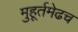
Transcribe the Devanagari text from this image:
मुहूर्तमेढच